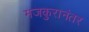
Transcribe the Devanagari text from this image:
मजकुरानंतर